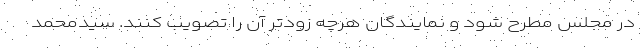
در مجلس مطرح شود و نمایندگان هرچه زودتر آن را تصویب کنند. سیدمحمد